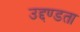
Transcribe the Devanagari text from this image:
उद्दण्डता